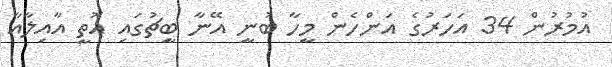
އުމުރުން 34 އަހަރުގެ އަންހެން މީހާ ބުނީ އޭނާ ބީޗުގައި އޮތީ އާއިލާއާ